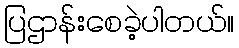
ပြဌာန်းစေခဲ့ပါတယ်။